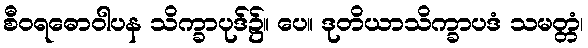
စီဝရဓောဝါပန သိက္ခာပုဒ်၌။ ပေ။ ဒုတိယာသိက္ခာပဒံ သမတ္တံ၊